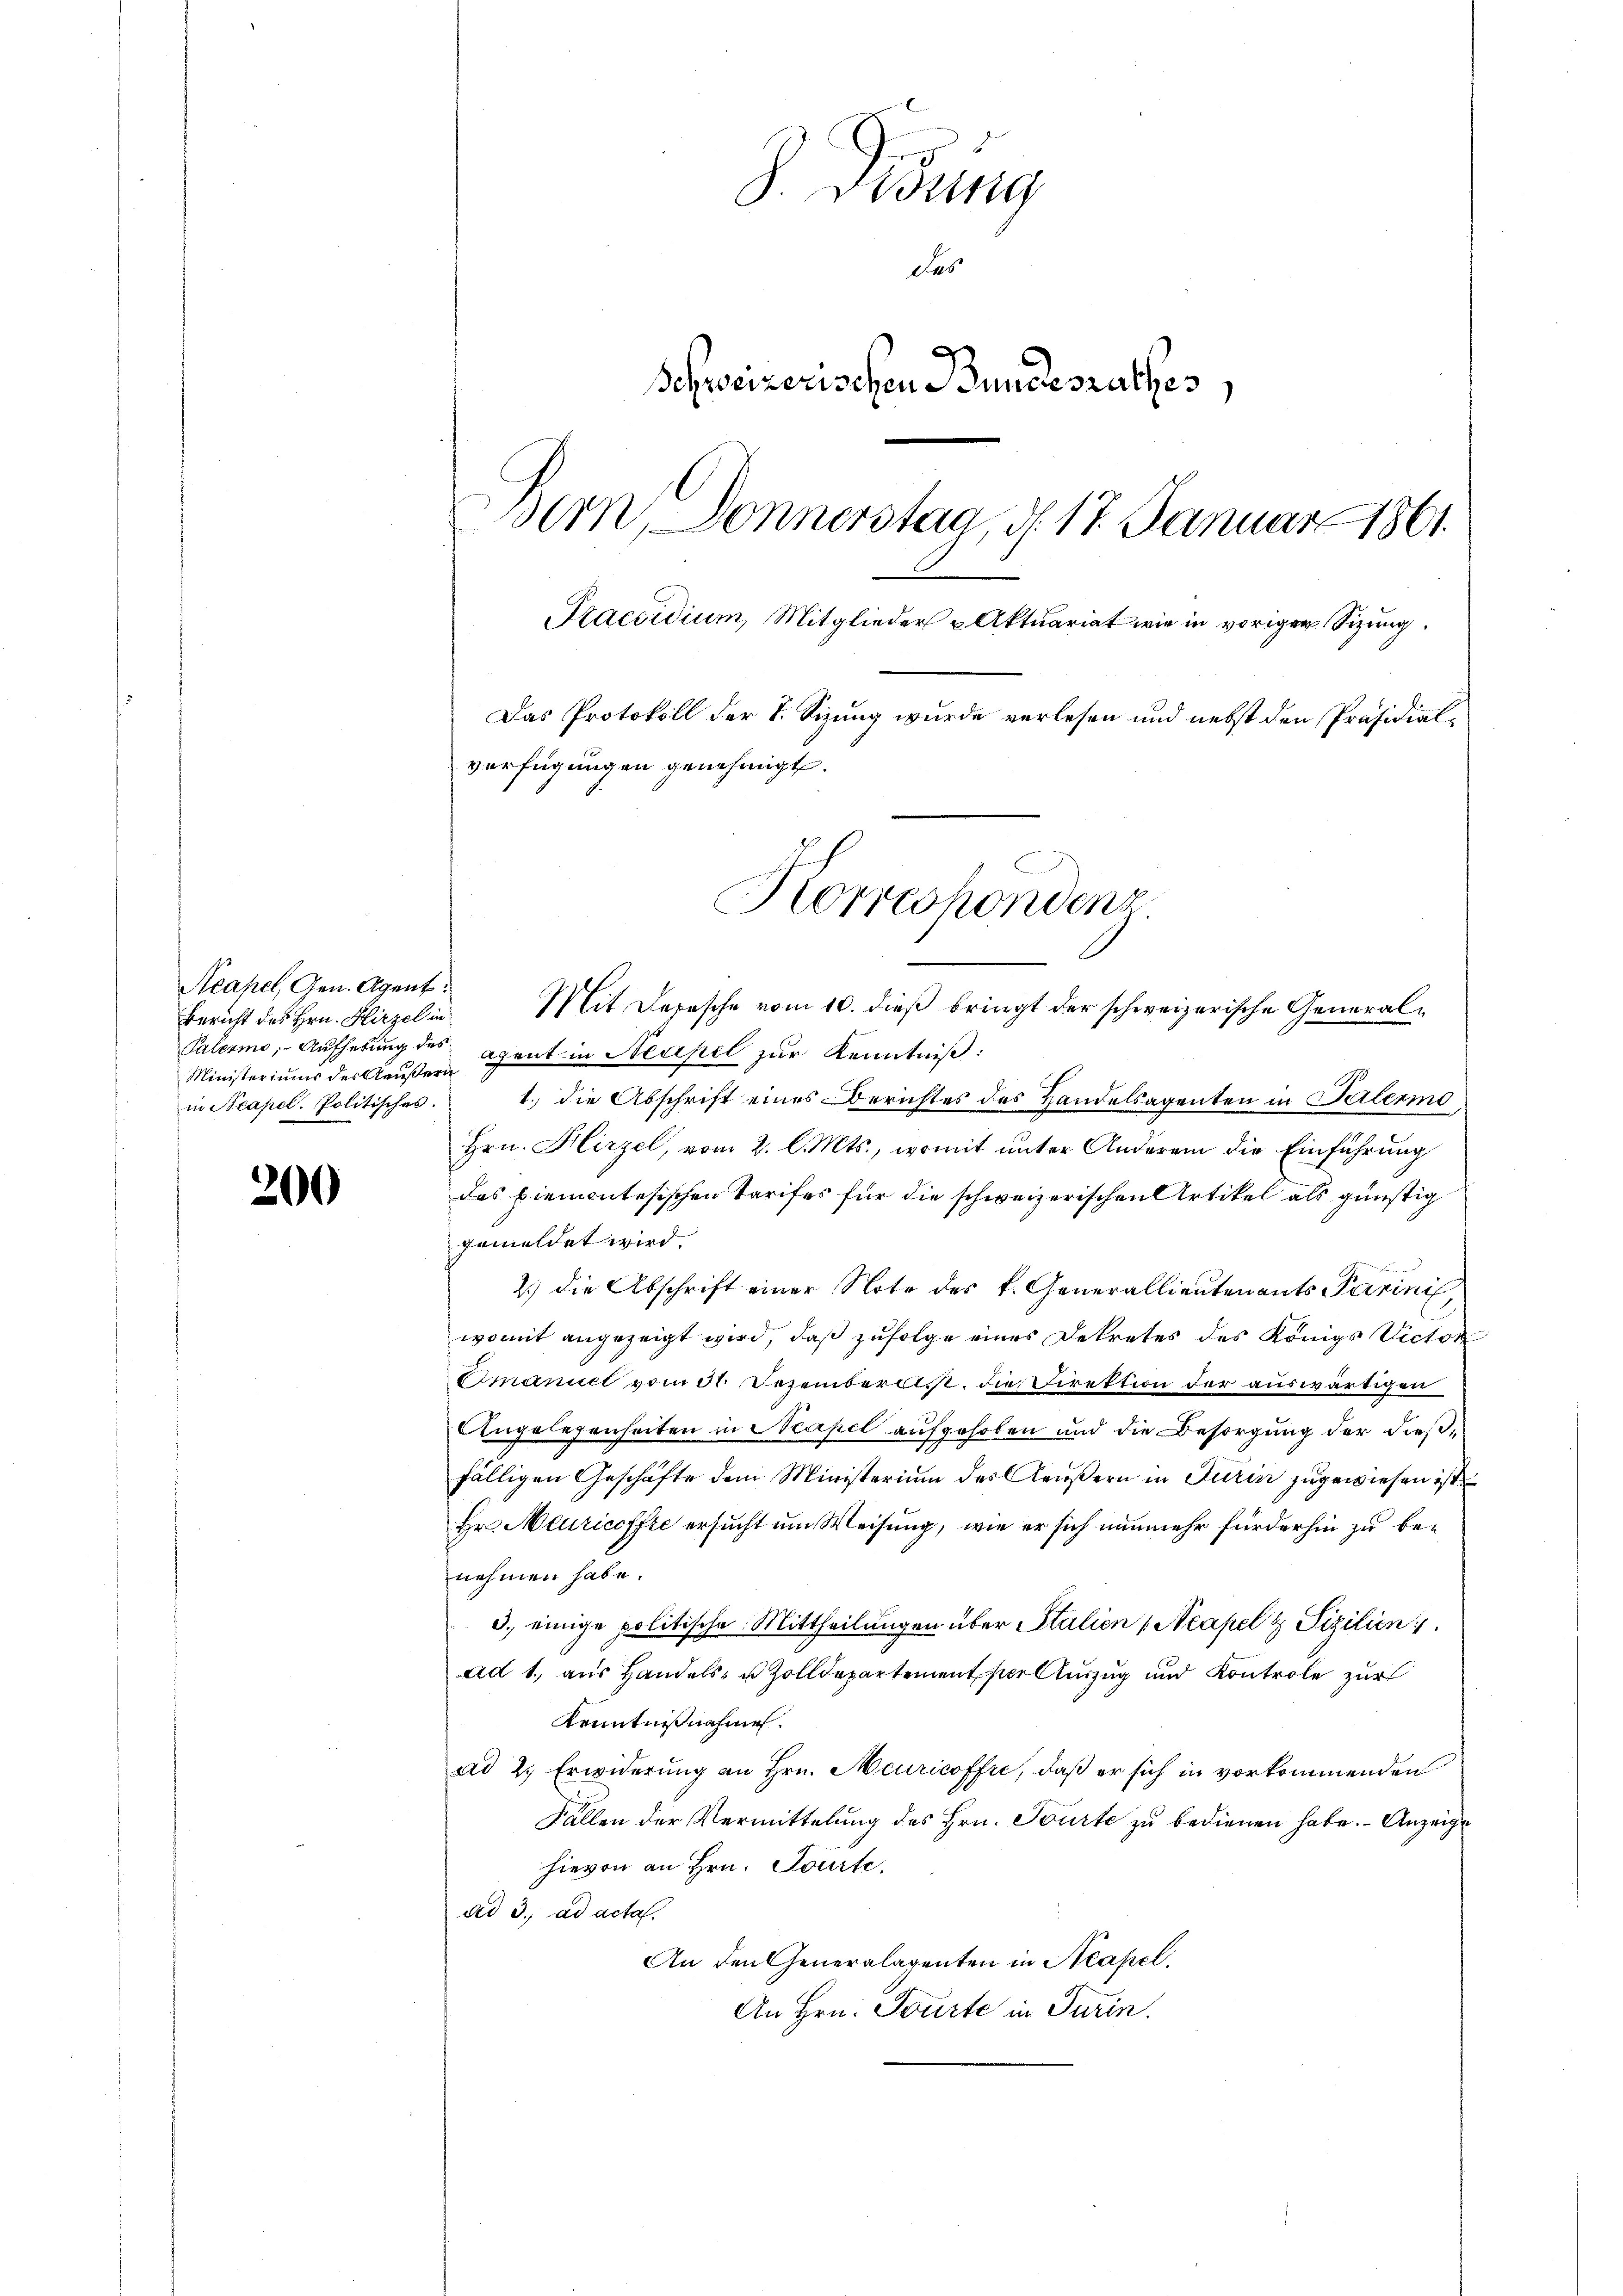
Acapel, Gen. Agent
Ministeriums des Aeußern

200

S. Fidung
das
Schweizerischen Bundesrathes,
Bern, Donnerstag, d. 17. Januar 1861
Praesidium, Mitglieder Aktuariat wie in voriger Sizung.
Das Protokoll der S. Sizung wurde verlesen und nebst den Präsidialverfügungen genehmigt.
Horreshöndenz
6
.

Bericht des Hrn. Hirzel in Mit Depesche vom 10. dieβ bringt der schweizerische General-

Palermo, Aufhebung des Agent in Neapel zur Kenntniß:
in Neapel. Politisches. 1. die Abschrift eines Berichtes des Handelsagenten in Palermo
Hrn. Hirzel, vom 2. l. Mts., womit unter Anderem die Einführung
das Piemontesischen Tarifes für die schweizerischen Artikel als günstig
gemeldet wird.
2.) die Abschrift einer Note des k. Generallieutenants Parini,
womit angezeigt wird, daß zufolge eines Dekretes des Königs Victor
Omanuel vom 31. Dezember ist, die Direktion der auswärtigen
Angelegenheiten in Neapel aufgehoben und die Besorgung der dießfälligen Geschäfte dem Ministerium des Aeußern in Turin zugewiesen ist
Hr Meuricoffte ersucht um Weisung, wie er sich nunmehr fürderhin zu benehmen habe.
3., einige politische Mittheilungen über Stalien (Neapel & Pizilien
ad 1., aus Handels- u. Zolldepartement sie luzug und Kontrole zur
Kenntnißnahmen.
ad 2., Erwiderung an Hrn. Meuricoffre, daß er sich in vorkommenden
Fällen der Vermittelung des Hrn. Tourte zu bedienen habe. Anzeige
hievon an Hrn. Tourte
ad 3. ad acta.
An den Generalagenten in Neapel,
An Hrn. Tourte in Turin.